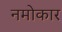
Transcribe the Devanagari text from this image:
नमोकार